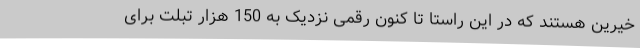
خیرین هستند که در این راستا تا کنون رقمی نزدیک به 150 هزار تبلت برای